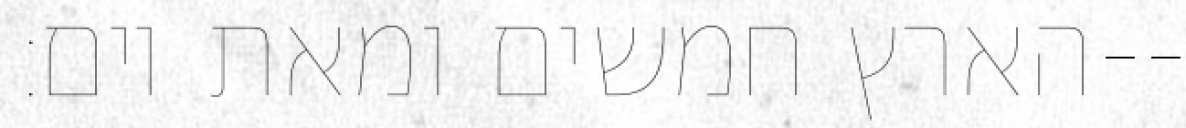
הארץ חמשים ומאת יום׃--